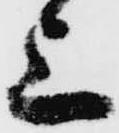
上